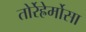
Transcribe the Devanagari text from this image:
तोर्रेह्रेर्मोसा